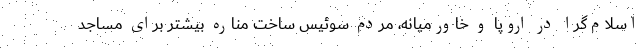
اسلام‌گرا در اروپا و خاورمیانه، مردم سوئیس ساخت مناره بیشتر برای مساجد